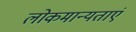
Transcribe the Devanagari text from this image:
लोकमान्यताएं